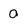
Character: 0